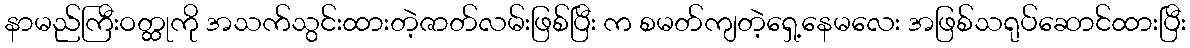
နာမည်ကြီးဝတ္ထုကို အသက်သွင်းထားတဲ့ဇာတ်လမ်းဖြစ်ပြီး က စမတ်ကျတဲ့ရှေ့နေမလေး အဖြစ်သရုပ်ဆောင်ထားပြီး